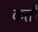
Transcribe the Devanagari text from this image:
कतौं